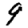
Digit: 9